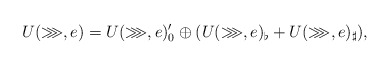
\begin{align*}U(\ggg,e)=U(\ggg,e)_0'\oplus(U(\ggg,e)_\flat+U(\ggg,e)_\sharp),\end{align*}